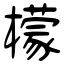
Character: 檬